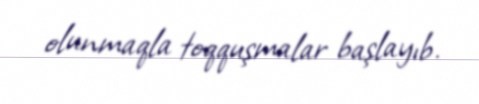
olunmaqla toqquşmalar başlayıb.